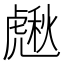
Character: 𧇸